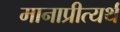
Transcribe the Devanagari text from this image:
मानाप्रीत्यर्थ